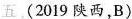
五. (2019 陕西,B)